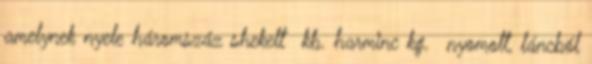
amelynek nyele háromszáz shekelt kb. harminc kg. nyomott, láncból